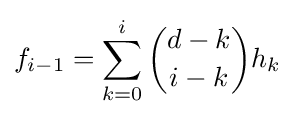
f_{i-1}=\sum _{k=0}^{i}{\binom {d-k}{i-k}}h_{k}